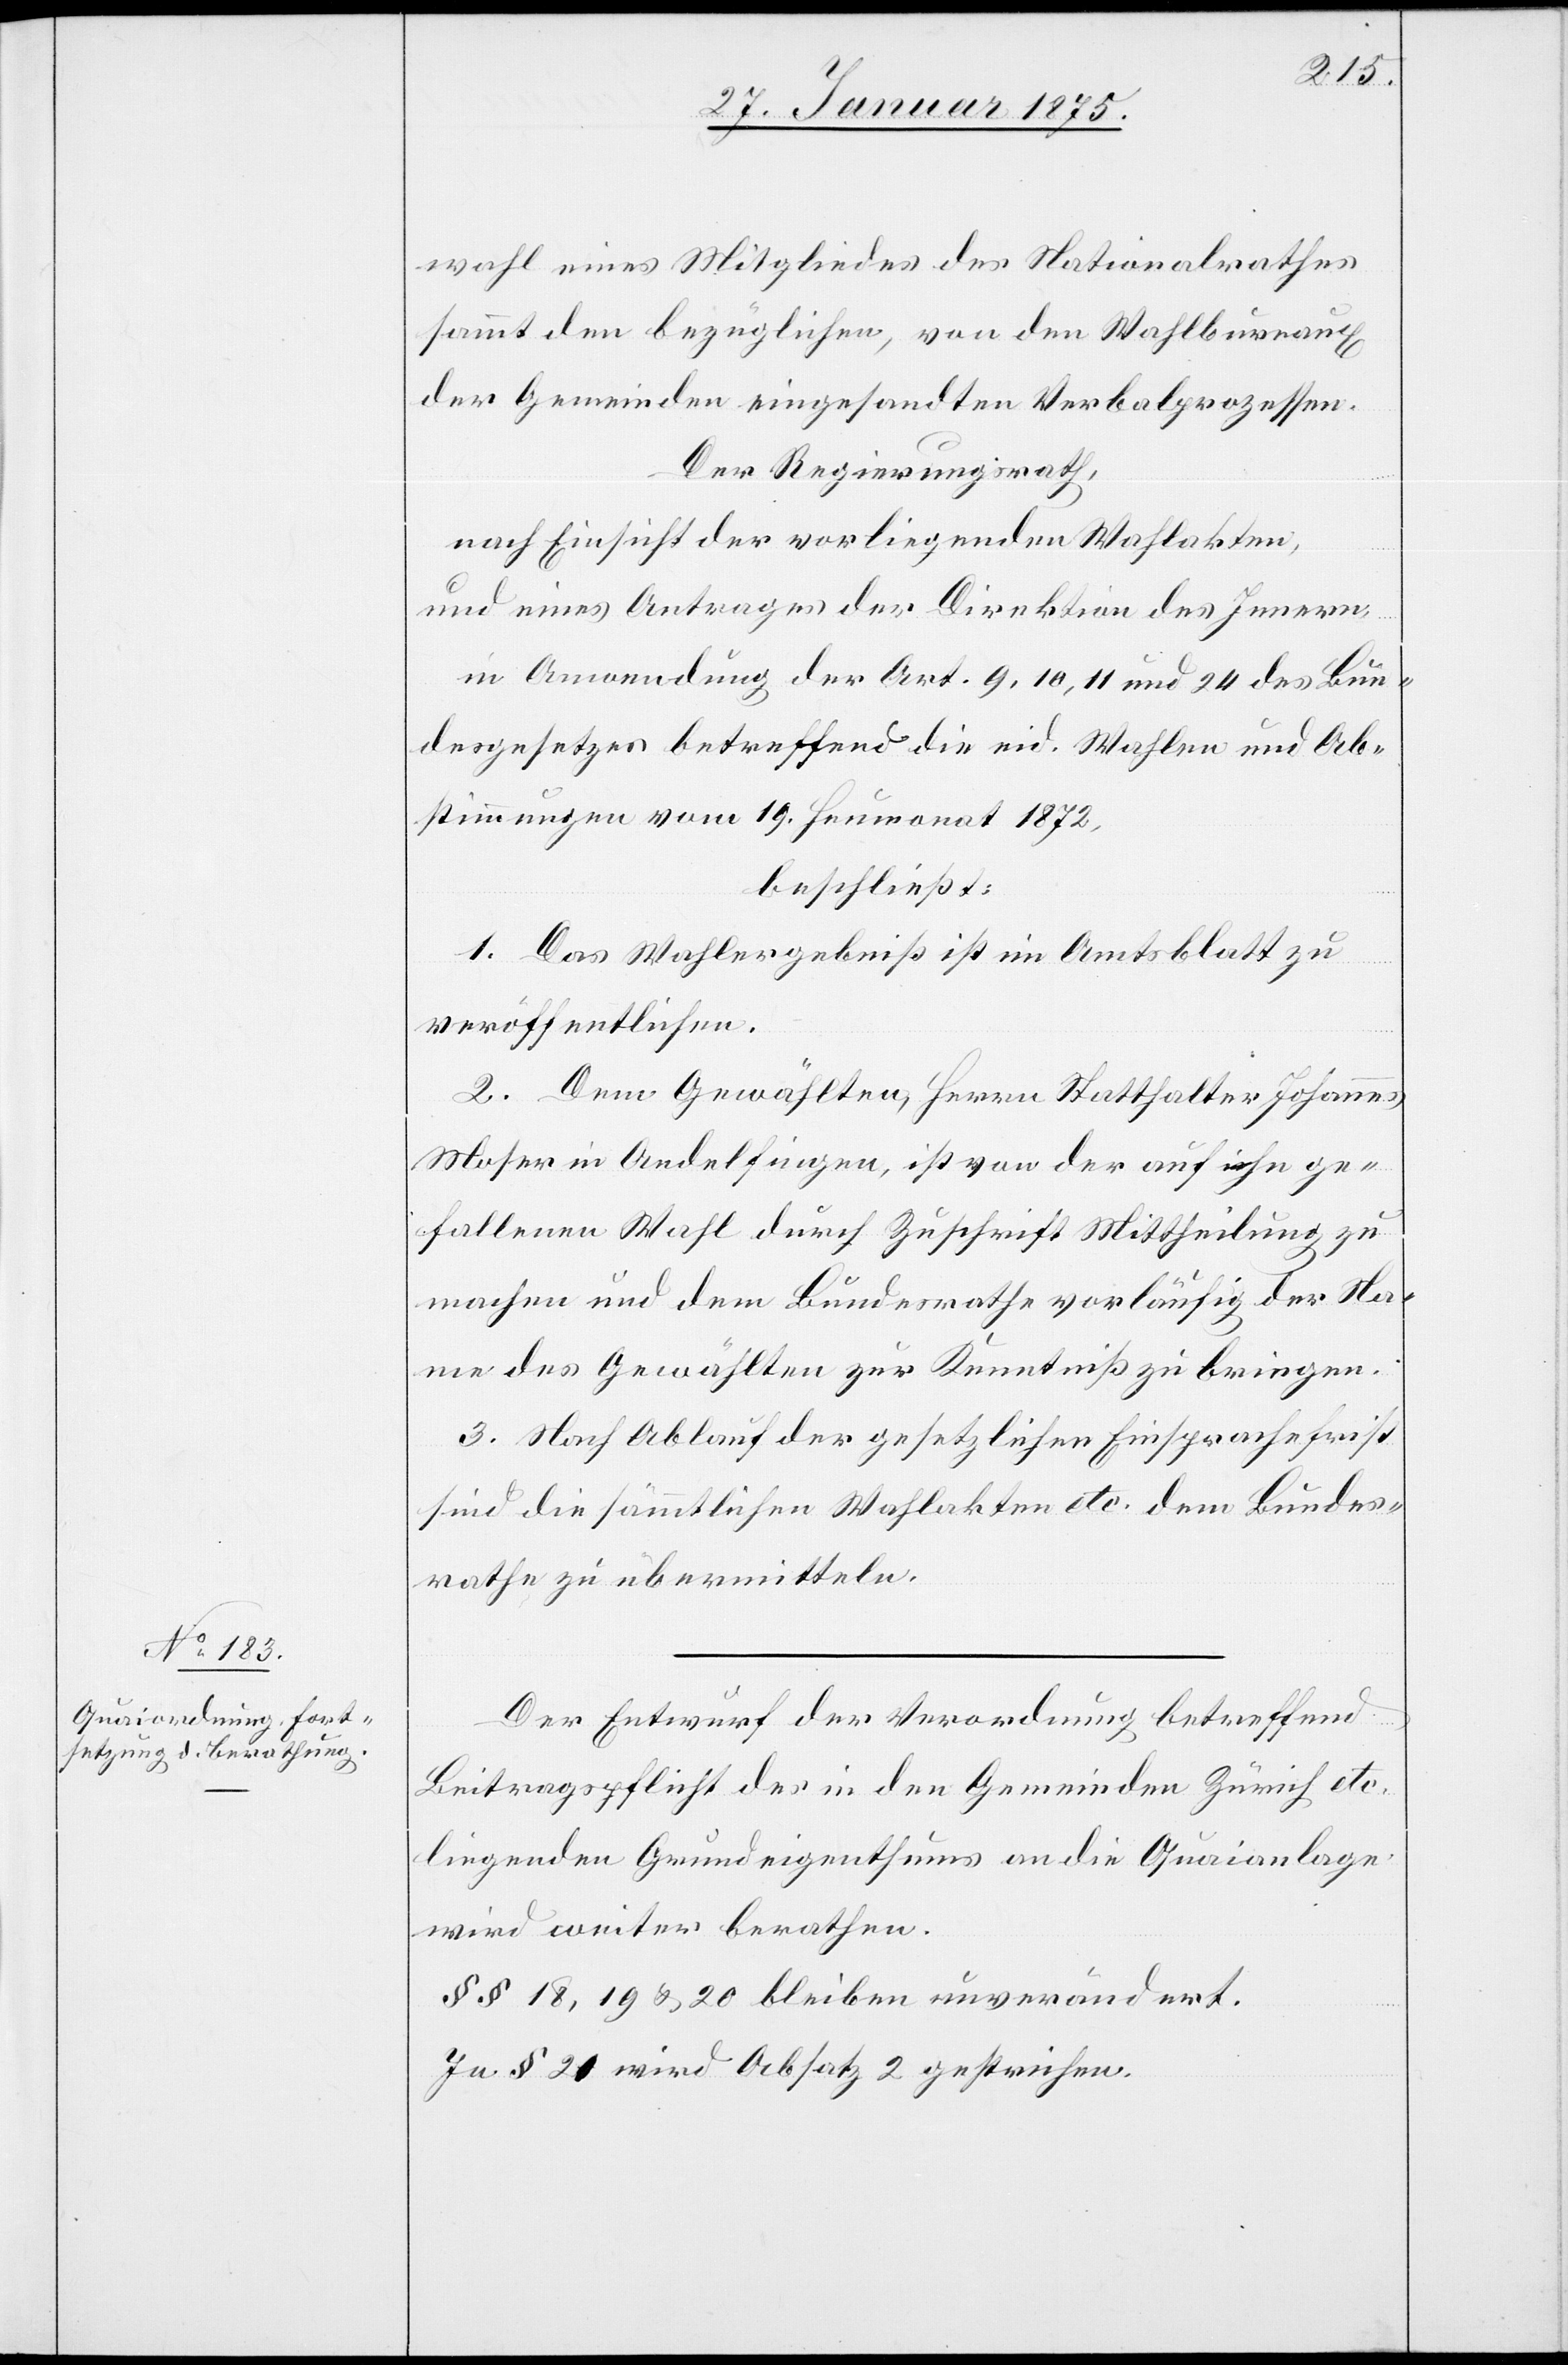
wahl eines Mitgliedes des Nationalrathes
sammt den bezüglichen, von den Wahlbureaux
der Gemeinden eingesandten Verbalprozessen.
Der Regierungsrath,
nach Einsicht der vorliegenden Wahlakten,
und eines Antrages der Direktion des Innern,
in Anwendung der Art. 9, 10, 11 und 24 des Bun¬
desgesetzes betreffend die eid. Wahlen und Ab¬
stimmungen vom 19. Heumonat 1872,
beschließt:
1. Das Wahlergebniß ist im Amtsblatt zu
veröffentlichen.
2. Dem Gewählten Herrn Statthalter Johannes
Moser in Andelfingen, ist von der auf ihn ge¬
fallenen Wahl durch Zuschrift Mittheilung zu
machen und dem Bundesrathe vorläufig der Na¬
me des Gewählten zur Kenntniß zu bringen.
3. Nach Ablauf der gesetzlichen Einsprachefrist
sind die sämmtlichen Wahlakten etc. dem Bundes¬
rathe zu übermitteln.
Der Entwurf der Verordnung betreffend
Beitragspflicht des in den Gemeinden Zürich etc.
liegenden Grundeigenthums an die Quaianlage
wird weiter berathen.
§§ 18, 19 & 20 bleiben unverändert.
In § 21 wird Absatz 2 gestrichen.